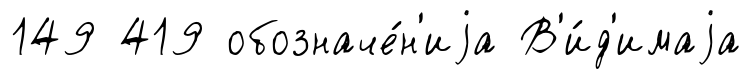
149 419 обозначе́н'иjа В'и́д'имаjа